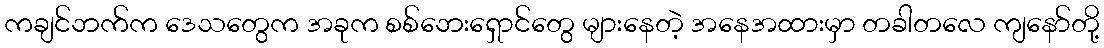
ကချင်ဘက်က ဒေသတွေက အခုက စစ်ဘေးရှောင်တွေ များနေတဲ့ အနေအထားမှာ တခါတလေ ကျနော်တို့